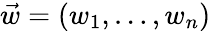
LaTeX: \vec{w}=(w_{1},\dots,w_{n})